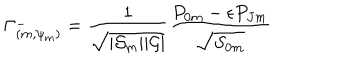
\Gamma _ { ( m , \psi _ { m } ) } ^ { - } = { \frac { 1 } { \sqrt { | { \cal S } _ { m } | | { \cal G } | } } } { \frac { { P } _ { 0 m } - \epsilon { P } _ { J m } } { \sqrt { { S } _ { 0 m } } } }